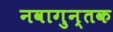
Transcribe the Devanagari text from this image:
नवागुन्तक